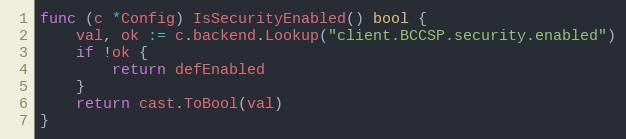
Language: Go
func (c *Config) IsSecurityEnabled() bool {
	val, ok := c.backend.Lookup("client.BCCSP.security.enabled")
	if !ok {
		return defEnabled
	}
	return cast.ToBool(val)
}